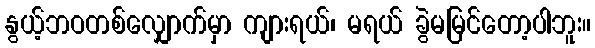
နွယ့်ဘဝတစ်လျှောက်မှာ ကျားရယ်၊ မရယ် ခွဲမမြင်တော့ပါဘူး။